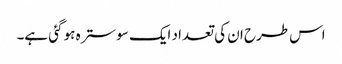
اس طرح ان کی تعداد ایک سو سترہ ہو گئی ہے۔